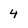
Character: 4